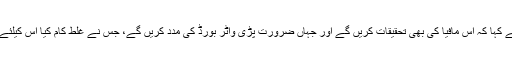
شہر میں پانی مافیا سے متعلق گفتگو کرتے ہوئے سراج نعیم نے کہا کہ اس مافیا کی بھی تحقیقات کریں گے اور جہاں ضرورت پڑی واٹر بورڈ کی مدد کریں گے، جس نے غلط کام کیا اس کیلئے کوئی معافی نہیں ہے بلکہ انہیں منطقی انجام تک پہنچائیں گے۔